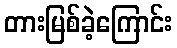
တားမြစ်ခဲ့ကြောင်း